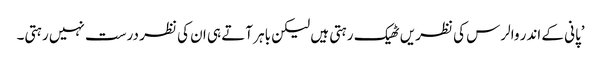
’پانی کے اندر والرس کی نظریں ٹھیک رہتی ہیں لیکن باہر آتے ہی ان کی نظر درست نہیں رہتی۔